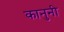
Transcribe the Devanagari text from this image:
कानुनी